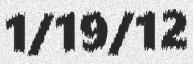
1/19/12